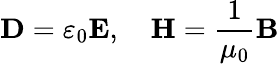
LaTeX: \mathbf{D}=\varepsilon_{0}\mathbf{E},\quad\mathbf{H}={\frac{1}{\mu_{0}}}\mathbf{B}